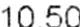
10.50